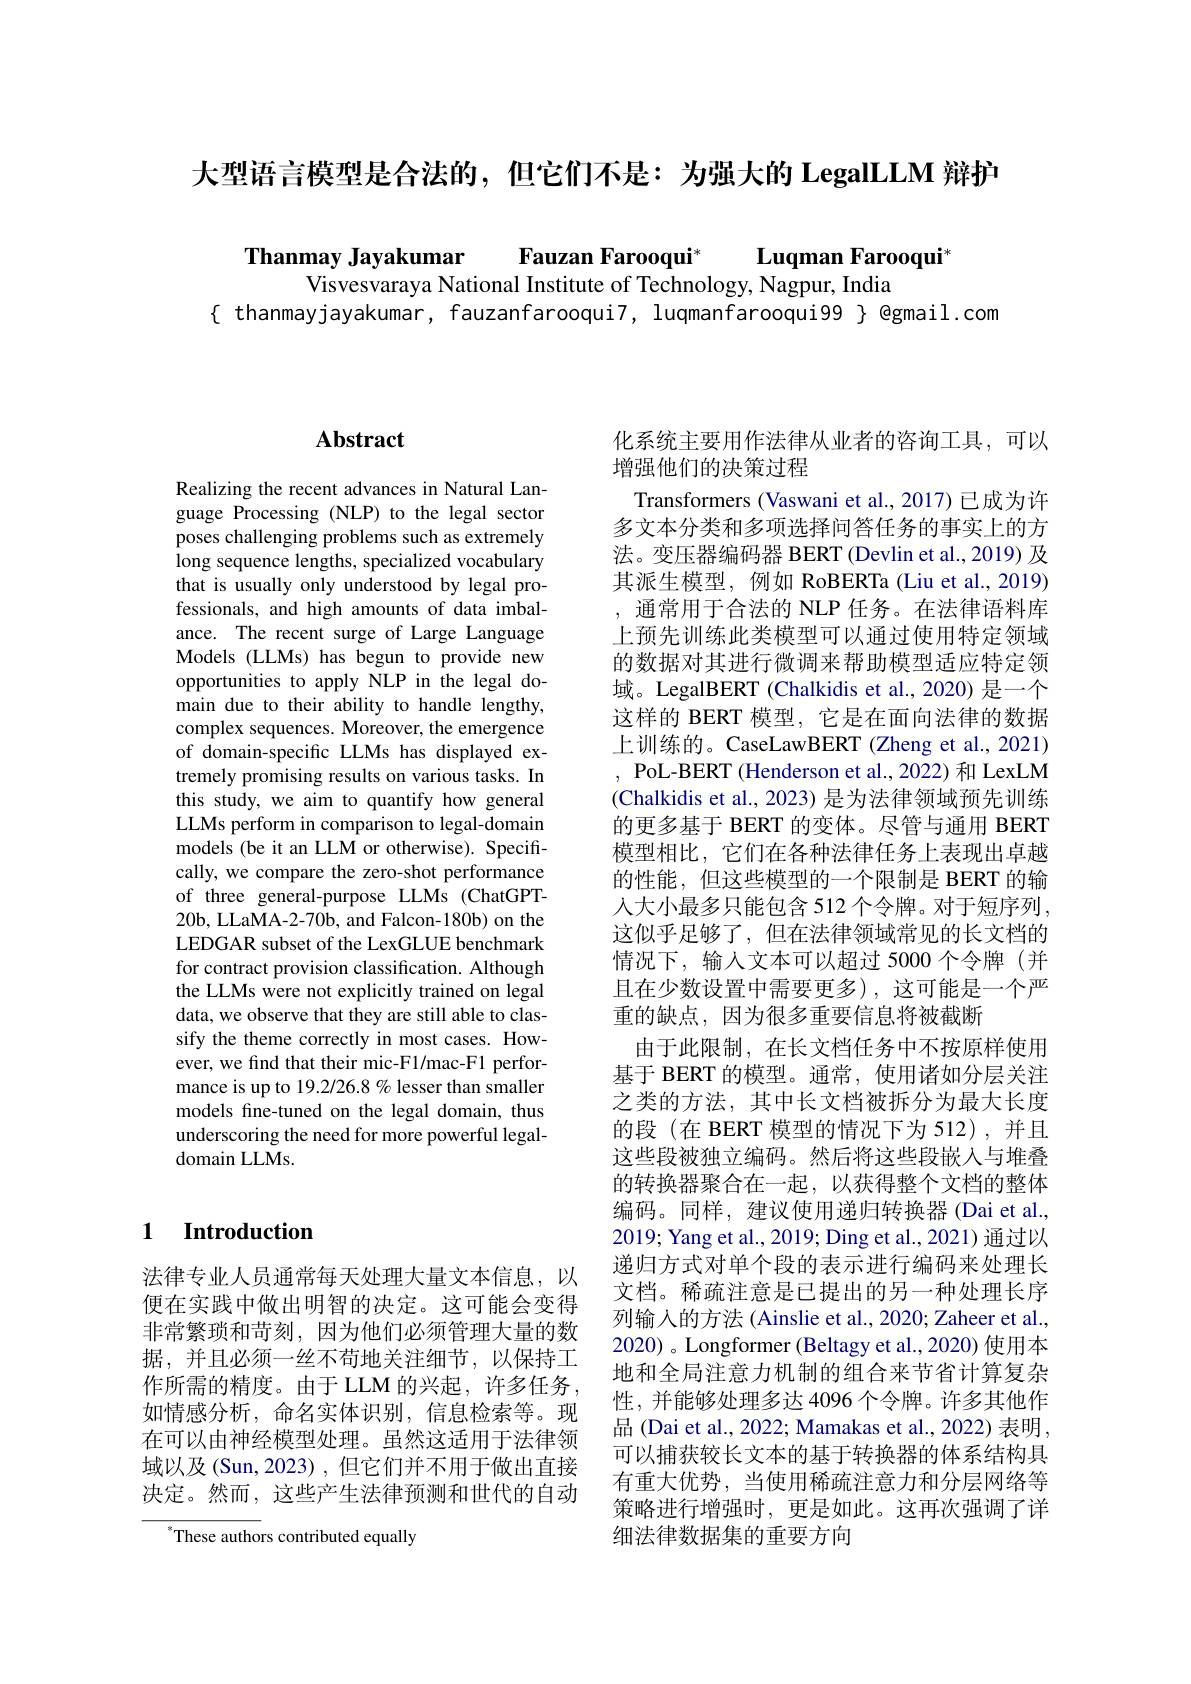
大型语言模型是合法的，但它们不是：为强大的 LegalLLM 辩护

$\textbf{Thanmay Jayakumar}$ Fauzan Farooqui* Luqman Farooqui

Visvesvaraya National Institute of Technology, Nagpur, India
$\{$ thanmayjayakumar, fauzanfarooqui7, luqmanfarooqui99 $\}$ @gmail.com

## $\mathbf{Abstract}$

Realizing the recent advances in Natural Language Processing (NLP) to the legal sector poses challenging problems such as extremely long sequence lengths, specialized vocabulary that is usually only understood by legal professionals, and high amounts of data imbalance. The recent surge of Large Language Models (LLMs) has begun to provide new opportunities to apply NLP in the legal domain due to their ability to handle lengthy, complex sequences. Moreover, the emergence of domain-specific LLMs has displayed extremely promising results on various tasks. In this study, we aim to quantify how general LLMs perform in comparison to legal-domain models (be it an LLM or otherwise). Specifically, we compare the zero-shot performance of three general-purpose LLMs (ChatGPT- 20b, LLaMA-2-70b, and Falcon-180b) on the LEDGAR subset of the LexGLUE benchmark for contract provision classification. Although the LLMs were not explicitly trained on legal data, we observe that they are still able to classify the theme correctly in most cases. However, we find that their mic-F1/mac-F1 performance is up to 19.2/26.8 % lesser than smaller models fine-tuned on the legal domain, thus underscoring the need for more powerful legaldomain LLMs.

### 1 $\textbf{Introduction}$

法律专业人员通常每天处理大量文本信息，以便在实践中做出明智的决定。这可能会变得非常繁琐和苛刻，因为他们必须管理大量的数据，并且必须一丝不苟地关注细节，以保持工作所需的精度。由于 LLM 的兴起，许多任务， 如情感分析，命名实体识别，信息检索等。现在可以由神经模型处理。虽然这适用于法律领域以及(Sun,2023) ,但它们并不用于做出直接决定。然而，这些产生法律预测和世代的自动

$^{*}$These authors contributed equally

化系统主要用作法律从业者的咨询工具，可以
增强他们的决策过程
Transformers (Vaswani et al., 2017) 已成为许多文本分类和多项选择问答任务的事实上的方法。变压器编码器 BERT (Devlin et al.,2019) 及其派生模型，例如 RoBERTa (Liu et al., 2019) ,通常用于合法的 NLP 任务。在法律语料库上预先训练此类模型可以通过使用特定领域的数据对其进行微调来帮助模型适应特定领域。LegalBERT (Chalkidis et al., 2020) 是一个这样的 BERT 模型，它是在面向法律的数据上训练的。CaseLawBERT (Zheng et al.,2021) , PoL-BERT (Henderson et al., 2022) 和 LexLM (Chalkidis et al., 2023) 是为法律领域预先训练的更多基于 BERT 的变体。尽管与通用 BERT 模型相比，它们在各种法律任务上表现出卓越的性能，但这些模型的一个限制是 BERT 的输人大小最多只能包含 512 个令牌。对于短序列， 这似乎足够了，但在法律领域常见的长文档的情况下，输入文本可以超过 5000 个令牌(并且在少数设置中需要更多),这可能是一个严重的缺点，因为很多重要信息将被截断
由于此限制，在长文档任务中不按原样使用基于 BERT 的模型。通常，使用诸如分层关注之类的方法，其中长文档被拆分为最大长度的段(在 BERT 模型的情况下为 512),并且这些段被独立编码。然后将这些段嵌入与堆叠的转换器聚合在一起，以获得整个文档的整体编码。同样，建议使用递归转换器(Dai et al., 2019; Yang et al., 2019; Ding et al., 2021) 通过以递归方式对单个段的表示进行编码来处理长文档。稀疏注意是已提出的另一种处理长序列输入的方法 (Ainslie et al., 2020; Zaheer et al., 2020) 。Longformer (Beltagy et al., 2020) 使用本地和全局注意力机制的组合来节省计算复杂性，并能够处理多达 4096 个令牌。许多其他作品 (Dai et al., 2022; Mamakas et al., 2022) 表明， 可以捕获较长文本的基于转换器的体系结构具有重大优势，当使用稀疏注意力和分层网络等策略进行增强时，更是如此。这再次强调了详细法律数据集的重要方向